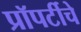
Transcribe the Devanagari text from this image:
प्रॉपर्टीचे